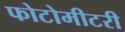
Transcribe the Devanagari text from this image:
फोटोमीटरी